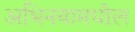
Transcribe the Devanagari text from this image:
अभिनयामधील